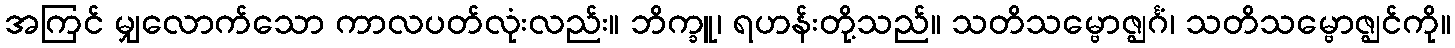
အကြင် မျှလောက်သော ကာလပတ်လုံးလည်း။ ဘိက္ခူ၊ ရဟန်းတို့သည်။ သတိသမ္ဗောဇ္ဈင်္ဂံ၊ သတိသမ္ဗောဇ္ဈင်ကို။